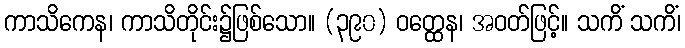
ကာသိကေန၊ ကာသိတိုင်း၌ဖြစ်သော။ (၃၉၀) ဝတ္ထေန၊ အဝတ်ဖြင့်။ သကိံ သကိံ၊